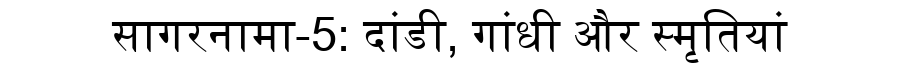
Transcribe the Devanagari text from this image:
सागरनामा-5: दांडी, गांधी और स्मृतियां